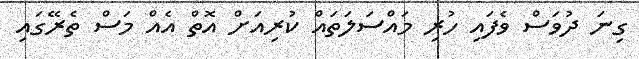
ގިނަ ދުވަސް ވެފައި ހުރި މައްސަލަތައް ކުރިއަށް އޮތް އެއް މަސް ތެރޭގައި